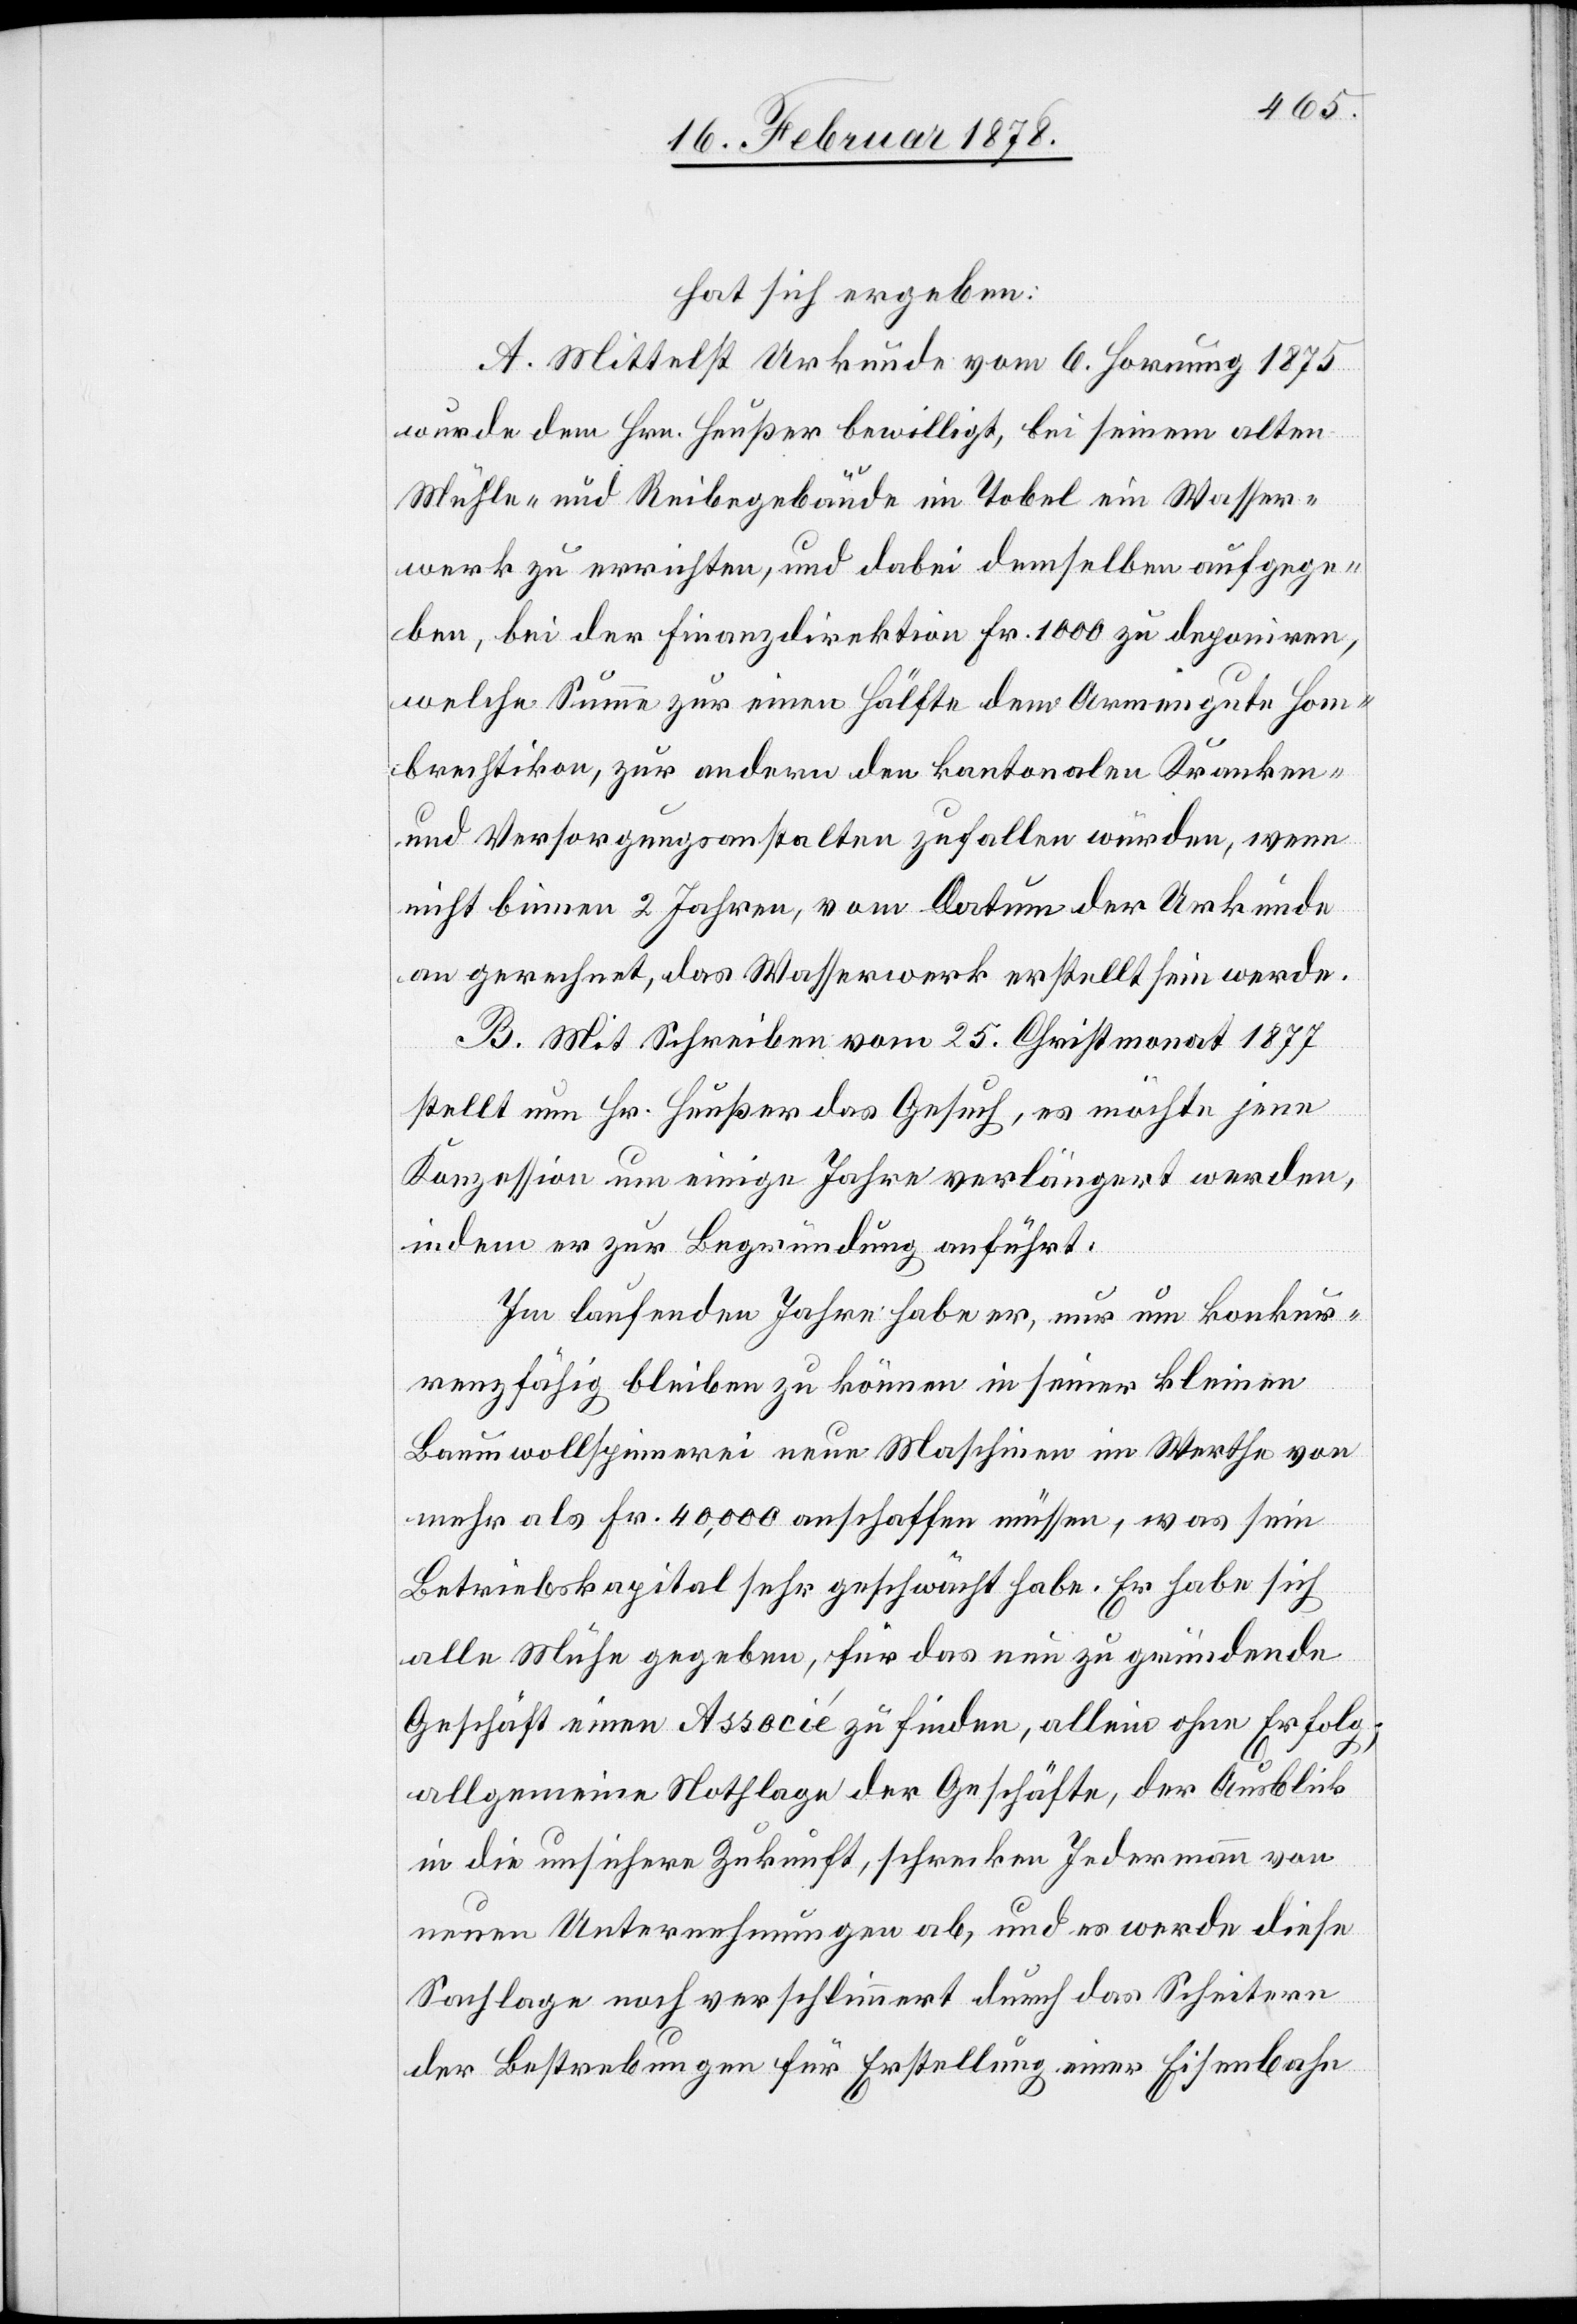
hat sich ergeben:
A. Mittelst Urkunde vom 6. Hornung 1875
wurde dem Hrn. Heußer bewilligt, bei seinem alten
Mühle- und Reibegebäude im Tobel ein Wasser¬
werk zu errichten, und dabei demselben aufgege¬
ben, bei der Finanzdirektion Fr. 1000 zu deponiren,
welche Summe zur einen Hälfte dem Armengute Hom¬
brechtikon, zur andern den kantonalen Kranken-
und Versorgungsanstalten zufallen würde, wenn
nicht binnen 2 Jahren, vom Datum der Urkunde
an gerechnet, das Wasserwerk erstellt sein werde.
B. Mit Schreiben vom 25. Christmonat 1877
stellt nun Hr. Heußer das Gesuch, es möchte jene
Konzession um einige Jahre verlängert werden,
indem er zur Begründung anführt:
Im laufenden Jahre habe er, nur um konkur¬
renzfähig bleiben zu können in seiner kleinen
Baumwollspinnerei neun Maschinen im Werthe von
mehr als Fr. 40,000 anschaffen müssen, was sein
Betriebskapital sehr geschwächt habe. Er habe sich
alle Mühe gegeben, für das neu zu gründende
Geschäft einen Associé zu finden, allein ohne Erfolg;
allgemeine Nothlage der Geschäfte, der Ausblick
in die unsichere Zukunft, schrecke Jedermann von
neuen Unternehmungen ab, und es werde diese
Sachlage noch verschlimmert durch das Scheitern
der Bestrebungen für Erstellung einer Eisenbahn